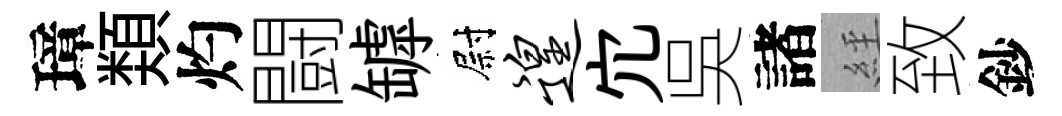
璋𩔖灼闘罅尉遑宂吳諸𦀇致鈔